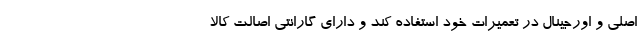
اصلی و اورجینال در تعمیرات خود استفاده کند و دارای گارانتی اصالت کالا